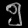
Digit: ၅